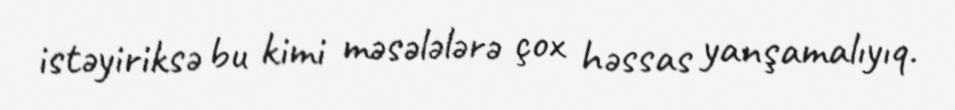
istəyiriksə bu kimi məsələlərə çox həssas yanşamalıyıq.